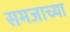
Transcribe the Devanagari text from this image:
समजाच्या